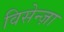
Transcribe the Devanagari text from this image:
विसेन्ज़ा